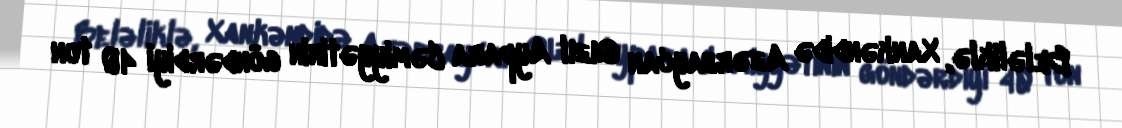
Beləliklə, Xankəndidə Azərbaycan Qızıl Aypara Cəmiyyətinin göndərdiyi 40 ton